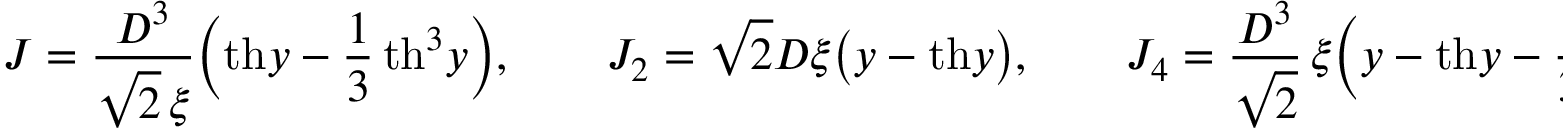
\begin{array} { l } { \displaystyle { J = \frac { D ^ { 3 } } { \sqrt { 2 } \, \xi } \Big ( \mathrm { t h } y - \frac { 1 } { 3 } \, \mathrm { t h } ^ { 3 } y \Big ) , \qquad J _ { 2 } = \sqrt { 2 } D \xi \big ( y - \mathrm { t h } y \big ) , \qquad J _ { 4 } = \frac { D ^ { 3 } } { \sqrt { 2 } } \, \xi \Big ( y - \mathrm { t h } y - \frac { 1 } { 3 } \, \mathrm { t h } ^ { 3 } y \Big ) , } } \end{array}